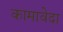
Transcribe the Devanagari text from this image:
कामावेदा